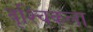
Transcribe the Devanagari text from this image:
वृश्‍चिकला